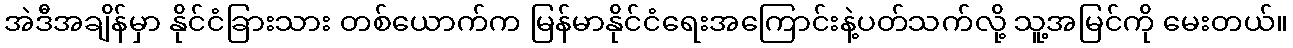
အဲဒီအချိန်မှာ နိုင်ငံခြားသား တစ်ယောက်က မြန်မာနိုင်ငံရေးအကြောင်းနဲ့ပတ်သက်လို့ သူ့အမြင်ကို မေးတယ်။